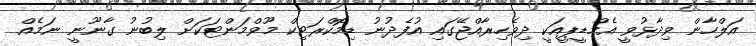
އަލްހާން ވިދާޅުވީ އެމްޑީޕީއަކީ ދިވެހިރާއްޖޭގައި އުފެދުނު ޑިމޮކްރަޓިކް މޫވްމަންޓަކަށް ލިބުނު ގާނޫނީ ނަމެއް